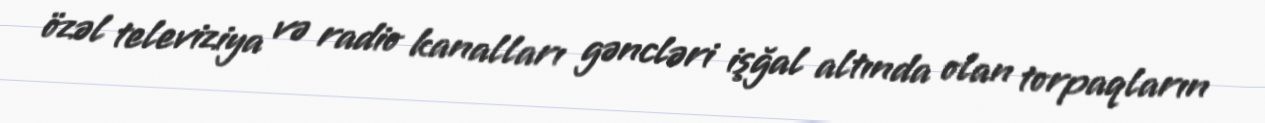
özəl televiziya və radio kanalları gəncləri işğal altında olan torpaqların